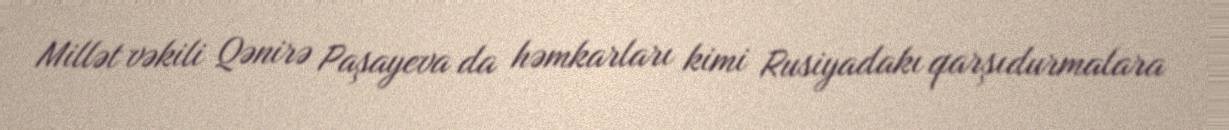
Millət vəkili Qənirə Paşayeva da həmkarları kimi Rusiyadakı qarşıdurmalara